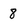
Character: 8